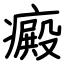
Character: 癜